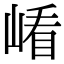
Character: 𡺗